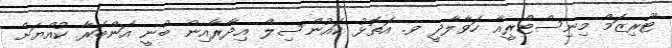
ޓޫރިޒަމް މިނިސްޓްރީއާ ހަވާލާދީ ވ. އަތޮޅު ކައުންސިލް އިދާރާއިން ބުނީ އަންބަރާ ކުއްޔަށް